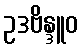
ဥဒဗိန္ဒူဝ